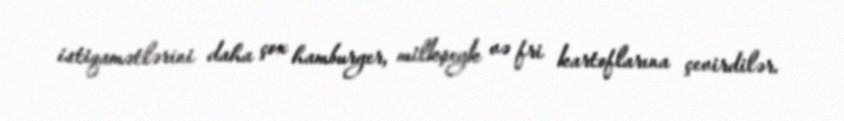
istiqamətlərini daha çox hamburger, milkşeyk və fri kartoflarına çevirdilər.